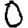
Digit: 0